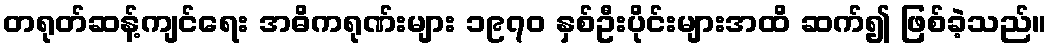
တရုတ်ဆန့်ကျင်ရေး အဓိကရုဏ်းများ ၁၉၇၀ နှစ်ဦးပိုင်းများအထိ ဆက်၍ ဖြစ်ခဲ့သည်။